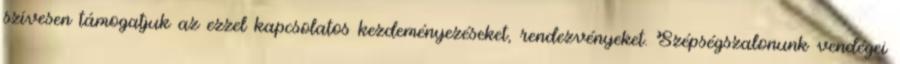
szívesen támogatjuk az ezzel kapcsolatos kezdeményezéseket, rendezvényeket. Szépségszalonunk vendégei